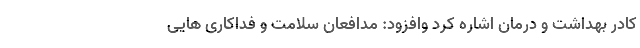
کادر بهداشت و درمان اشاره کرد وافزود: مدافعان سلامت و فداکاری هایی